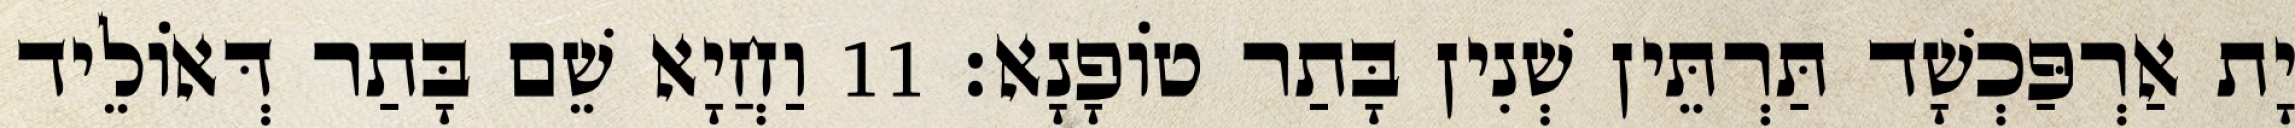
יָת אַרְפַּכְשָׁד תַּרְתֵּין שְׁנִין בָּתַר טוֹפָנָא׃ 11 וַחֲיָא שֵׁם בָּתַר דְּאוֹלֵיד